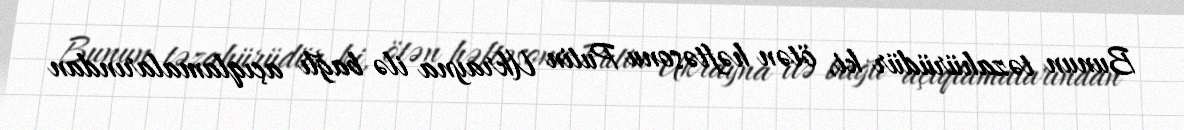
Bunun təzahürüdür ki, ötən həftəsonu Putin Ukrayna ilə bağlı açıqlamalarından